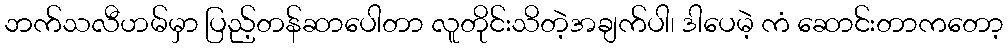
ဘက်သလီဟမ်မှာ ပြည့်တန်ဆာပေါတာ လူတိုင်းသိတဲ့အချက်ပါ၊ ဒါပေမဲ့ ကံ ဆောင်းတာကတော့